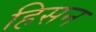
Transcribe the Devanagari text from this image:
हिसन